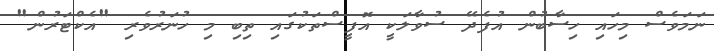
ނަމަވެސް މިހައި ހިސާބުން އުފެދޭ ސުވާލަކީ އޮފީސްތަކުގައި ތިބި މި ހުނަރުވެރި "އެކްޓަރުން"